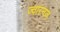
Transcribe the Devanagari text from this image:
ज्वारनज